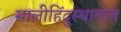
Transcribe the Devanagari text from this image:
सालीहिंदुस्थानात